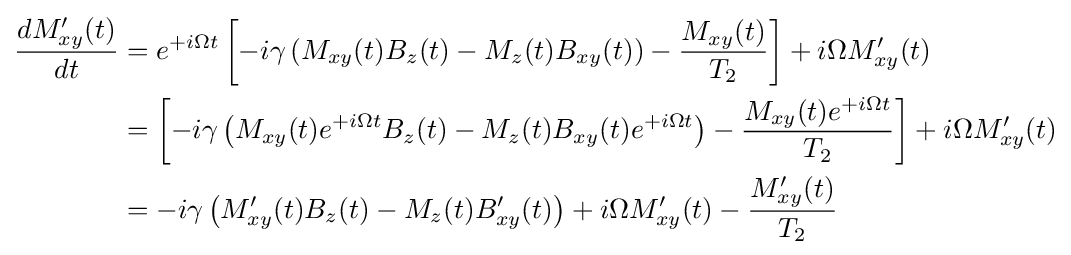
{\begin{aligned}{\frac {dM_{xy}'(t)}{dt}}&=e^{+i\Omega t}\left[-i\gamma \left(M_{xy}(t)B_{z}(t)-M_{z}(t)B_{xy}(t)\right)-{\frac {M_{xy}(t)}{T_{2}}}\right]+i\Omega M_{xy}'(t)\\&=\left[-i\gamma \left(M_{xy}(t)e^{+i\Omega t}B_{z}(t)-M_{z}(t)B_{xy}(t)e^{+i\Omega t}\right)-{\frac {M_{xy}(t)e^{+i\Omega t}}{T_{2}}}\right]+i\Omega M_{xy}'(t)\\&=-i\gamma \left(M_{xy}'(t)B_{z}(t)-M_{z}(t)B_{xy}'(t)\right)+i\Omega M_{xy}'(t)-{\frac {M_{xy}'(t)}{T_{2}}}\\\end{aligned}}